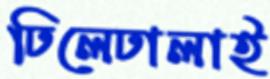
ঢিলেঢালাই